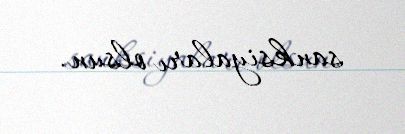
sanksiyaları olsun.